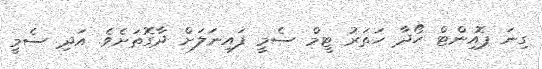
ގިނަ ޕޮއިންޓް ހޯދާ ހަތަރު ޓީމް ސެމީ ފައިނަލަށް ދާގޮތަށެވެ. އަދި ސެމީ